King Institute of Preventive Medicine Micro-Biological Section reports 1909-11
Year: 1909
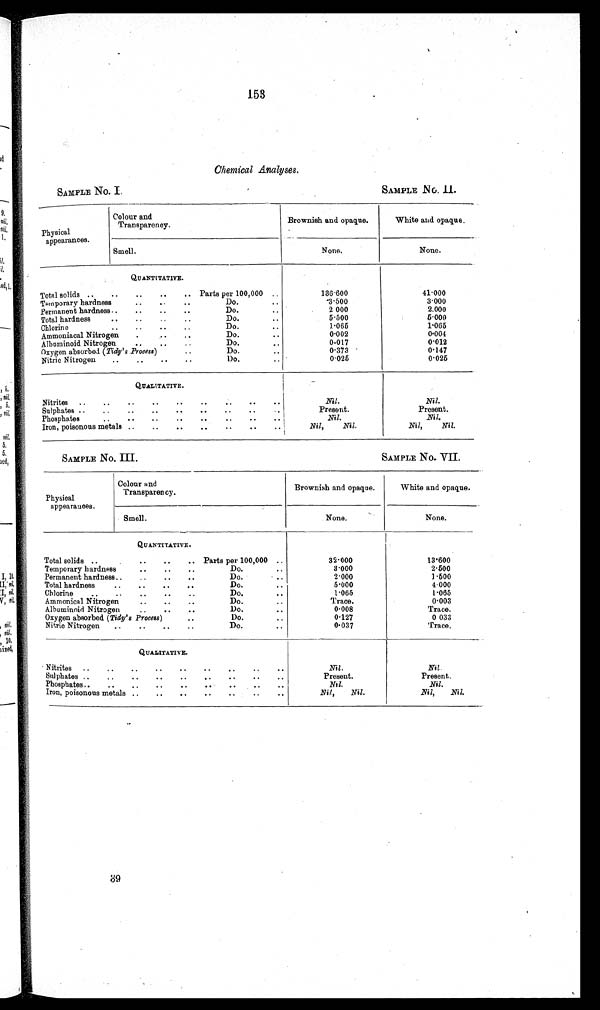
153
Chemical Analyses.
SAMPLE No. I.
SAMPLE NO. II.
Physical
appearances.
Colour and
Transparency.
Brownish and opaque.
White and opaque.
Smell.
None.
None.
QUANTITATIVE.
Total solids.. .. .. .. .. Parts per 100,000 ..
136.600
41.000
Temporary hardness
.. .. ..
Do. ..
3.500
3.000
Permanent hardness.. .. .. ..
Do. ..
2.000
2.000
Total hardness .. .. .. ..
Do.
5.500
5.000
Chlorine
.. .. .. ..
Do. ..
1.065
1.065
Ammoniacal Nitrogen .. .. ..
Do. ..
0.002
0.004
Albuminoid Nitrogen .. .. ..
Do. ..
0 . 0 1 7
0.012
Oxygen absorbed (Tidy's Process)
..
Do. ..
0 . 3 7 3
0.147
Nitric Nitrogen .. .. .. ..
Do. ..
0.025
0.025
QUALITATIVE.
Nitrites
. .
. .
. .
. .
N i l .
Nil.
Sulphates.. .. .. .. .. .. .. ..
.
Present.
Present.
Phosphates
.. .. .. .. .. .. .. ..
Nil.
Nil.
Iron, poisonous metals .. .. .. ..
..
Nil, Nil.
Nil, Nil.
SAMPLE NO. III.
SAMPLE NO. VII.
Physical
appearances.
Colour and
Transparency.
Brownish and opaque.
White and opaque.
S m e l l .
None.
None.
QUANTITATIVE.
Total solids ..
.. .. .. Parts per 100,000 ..
32.000
13.600
Temporary hardness
.. .. ..
Do.
..
3.000
2.500
Permanent hardness.. .. .. ..
Do.
. .
2.000
1.500
Total hardness .. .. .. ..
Do.
5.000
4.000
Chlorine .. .. .. .. ..
Do.
..
1.065
1.065
Ammonical Nitrogen
.. .. ..
Do.
Trace.
0.003
Albuminoid Nitrogen .. .. ..
Do.
..
0.008
Trace.
Oxygen absorbed (Tidy's Process)
..
Do.
..
0 . 1 2 7
0.033
Nitric Nitrogen .. .. .. ..
Do.
0.037
Trace.
QUALITATIVE.
Nitrites .. .. .. .. ..
..
Nil.
Nil .
Sulphates .. .. .. .. .. .. .. ..
Present.
Present.
Phosphates .. .. .. .. ..
..
..
Nil.
Nil .
Iron, poisonous metals .. .. .. .. .. .. ..
Nil, Nil.
Nil, Nil.
89